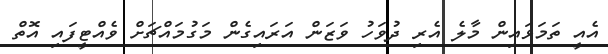
އެއީ ތަމަޅައިން މާލެ އެރި ދުވަހު ވަޒަން އަރައިގެން މަގުމައްޗަށް ވެއްޓީފައި އޮތް